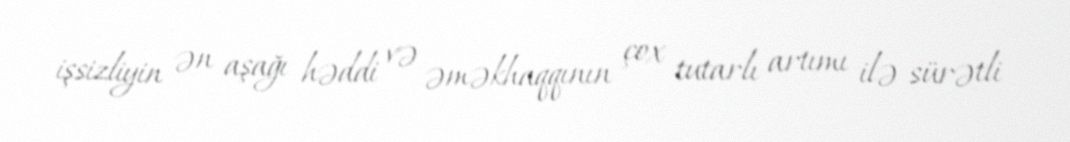
işsizliyin ən aşağı həddi və əməkhaqqının çox tutarlı artımı ilə sürətli